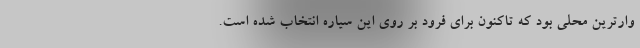
وارترین محلی بود که تاکنون برای فرود بر روی این سیاره انتخاب شده است.